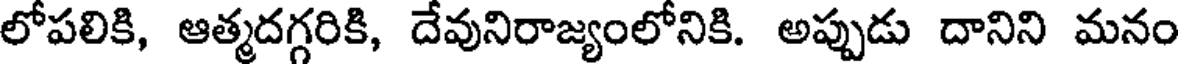
లోపలికి, ఆత్మదగ్గరికి, దేవునిరాజ్యంలోనికి. అప్పుడు దానిని మనం